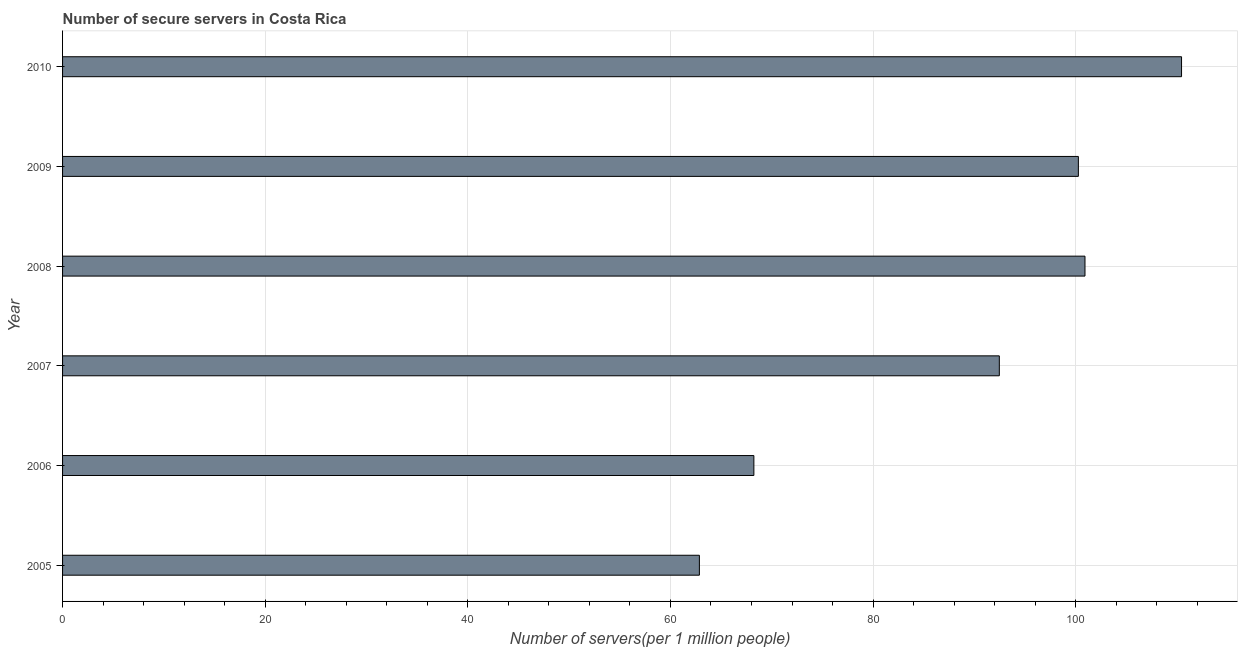
| Year | Secure Internet servers |
 | --- | --- |
 | 2005 | 62.9 |
 | 2006 | 68.2 |
 | 2007 | 92.5 |
 | 2008 | 101 |
 | 2009 | 100 |
 | 2010 | 110 |